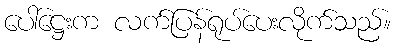
ပေါ်ဋ္ဌေးက လက်ပြန်ရုပ်ပေးလိုက်သည်။